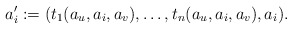
\begin{align*}a_i' := (t_1(a_{u},a_i,a_{v}),\dots,t_n(a_{u},a_i,a_{v}),a_i).\end{align*}